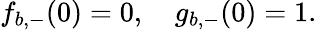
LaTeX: f_{b,-}(0)=0,\quad g_{b,-}(0)=1.